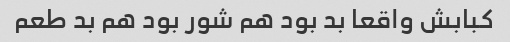
کبابش واقعا بد بود هم شور بود هم بد طعم